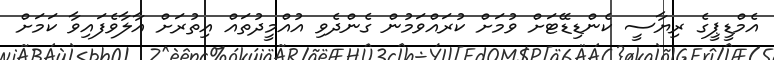
އެމްޑީޕީގެ ރިޔާސީ ކެންޑިޑޭޓަށް ވުމަށް ކުރައްވަމުން ގެންދެވި އުއްމީދުތައް އިތުރަށް އާލާވެފައިވާ ކަމަށް